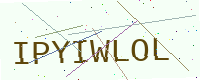
Text: IPYIWLOL